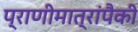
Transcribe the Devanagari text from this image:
प्राणीमात्रांपैकी